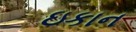
ઇકાન